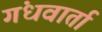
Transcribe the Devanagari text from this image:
गंधवार्ता